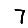
Digit: 7